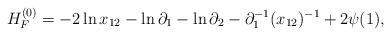
LaTeX: \begin{align*}H_F^{(0)} = -2 \ln x_{12} - \ln \partial_1 - \ln \partial_2-\partial_1^{-1} (x_{12} )^{-1} + 2 \psi (1) ,\end{align*}